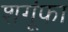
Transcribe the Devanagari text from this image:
शगूंफा